Civil Veterinary Department. United Provinces 1923-31 - 1923-1931
Year: 1923
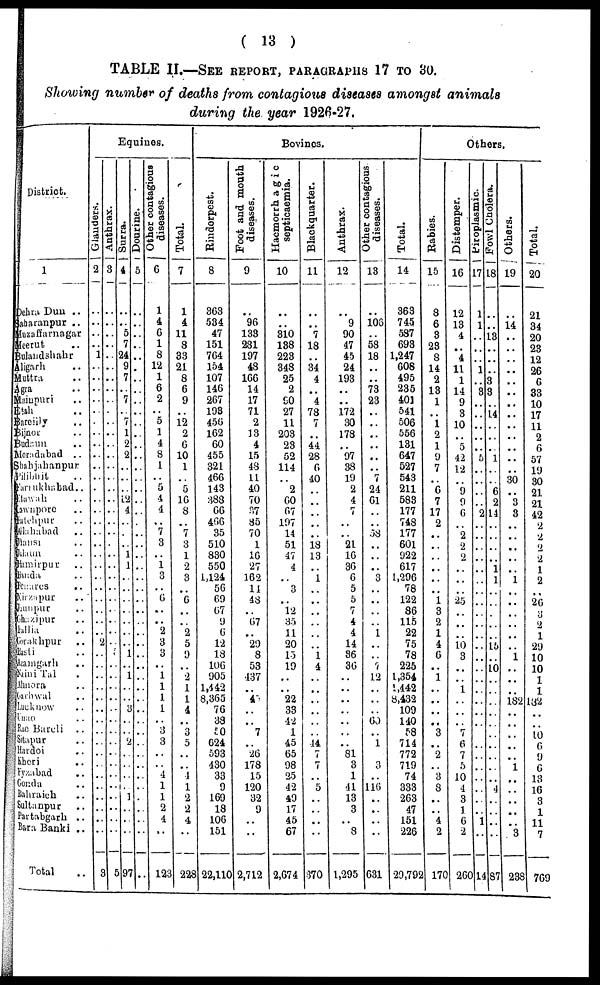
( 13 )
TABLE II.—SEE REPORT, PARAGRAPHS 17 to 80.
Showing number of deaths from contagious diseases amongst animals
during the year 1926-27.
District.
1
Mauzaffarnagar ..
Meerut ..
Bulandshahr ..
Aligarh ..
Muttra ..
Agra ..
Mainpuri ..
Etah ..
Bareiily ..
Bijnor ..
Budaun ..
Moradabad ..
Shahjahanpur ..
Pilibhit ..
Farrukhabad ..
Etawah ..
Cawnpore ..
Fatehpur ..
Allahabad ..
Jhansi ..
Jalaun ..
Hamirpur ..
Banda ..
Benares ..
Mirzapur ..
Jaunpur ..
Ghazipur ..
Hllia ..
Gorakhpur ..
Basti ..
Azamgarh ..
Naini Tal .
Almora ..
Garhwal ..
Lucknow ..
Unao ..
Rae Bareli ..
Sitapur ..
Hardoi ..
Kheri ..
Fyzabad ..
Gonda ..
Bahraich ..
Sultanpur ..
Partabarh ..
Bara Banki ..
Total ..
Equines.
Glanders.
2
..
..
..
1
..
..
..
..
..
..
..
..
..
..
..
..
..
..
..
..
..
..
..
..
..
..
..
..
..
2
..
..
..
..
..
..
..
..
..
..
..
..
..
..
..
..
..
3
Antnrax.
3
..
..
..
..
..
..
..
..
..
..
..
..
..
..
..
..
..
..
..
..
..
..
..
..
..
..
..
..
..
..
..
5
..
..
..
..
..
..
..
..
..
..
..
..
..
..
..
..
5
4
..
..
5
7
24
9
7
..
7
..
7
1
2
2
..
..
..
12
..
..
..
..
1
1
..
..
..
..
..
..
..
1
..
1
..
..
3
..
..
2
..
..
..
..
1
..
..
..
97
5
..
..
..
..
..
..
..
..
..
..
..
..
..
..
..
..
..
..
..
..
..
..
..
..
..
..
..
..
..
..
..
..
..
..
..
..
..
..
..
..
..
..
..
..
..
..
..
..
diseases.
6
1
4
6
1
8
12
1
6
2
..
5
1
4
8
1
..
5
4
4
..
7
3
..
1
3
..
6
..
..
2
3
3
..
1
1
1
1
..
3
3
..
..
4
1
1
2
4
..
123
Total.
7
1
4
11
8
33
21
8
6
9
..
12
2
6
10
1
..
5
16
8
..
7
3
1
2
3
..
6
..
..
2
5
9
..
2
1
1
4
..
3
5
..
..
1
1
2
2
4
..
223
Bovines.
Rinderpest.
8
363
534
47
151
764
154
107
146
267
193
456
162
60
455
321
466
143
388
66
466
35
510
830
550
1,124
56
69
67
9
6
12
13
106
905
1,442
8,365
76
33
50
624
593
430
33
9
169
18
106
151
22,110
Foot and mouth
diseases.
9
..
96
133
281
197
48
166
14
17
71
2
13
4
15
48
11
40
70
37
85
70
1
16
27
162
14
48
..
67
..
29
8
53
437
..
4
..
..
7
..
26
178
15
120
32
9
..
..
2,712
Hacmorrhagic
septicaemia.
10
..
..
310
138
223
348
25
2
90
27
11
203
23
52
114
..
2
60
67
197
14
51
47
4
..
3
..
12
35
11
20
15
19
..
..
22
33
42
1
45
65
98
25
42
49
17
45
67
2,674
Blackquarter.
11
..
..
7
18
..
34
4
..
4
78
7
..
44
28
6
40
..
..
..
..
..
18
13
..
1
..
..
..
..
..
..
1
4
..
..
..
..
..
..
14
7
7
..
5
..
..
..
..
370
Anthrax.
12
..
9
90
47
45
24
193
..
..
172
30
178
..
97
38
19
2
4
7
..
..
21
16
36
6
5
5
7
4
4
14
36
36
..
..
..
..
..
..
81
3
1
41
13
3
..
8
1,295
Other contagious
diseases.
13
..
106
..
58
18
..
..
73
23
..
..
..
..
..
..
7
24
61
..
..
38
..
..
..
3
..
..
..
..
1
..
..
7
12
..
..
..
60
..
..1
3
..
116
..
..
..
..
631
Total.
14
363
745
587
693
1,247
608
495
235
401
541
506
556
131
647
527
543
211
583
177
748
177
601
922
617
1,296
78
122
86
115
22
75
78
225
1,354
1,442
8,432
109
140
58
714
772
719
74
333
263
47
151
226
29,792
Others.
Rabies.
15
8
6
3
23
8
14
2
13
1
..
1
2
1
9
7
..
6
7
17
2
..
..
..
..
..
..
1
3
2
1
4
6
..
1
..
..
..
..
3
..
2
..
3
8
..
..
4
2
170
Distemper.
16
12
13
4
..
4
11
1
14
9
3
10
..
5
42
12
..
9
9
6
..
2
2
2
..
..
..
25
..
..
..
10
3
..
..
1
..
..
..
7
6
7
5
10
4
3
1
6
2
260
Piroplasmic.
17
1
1
..
..
..
1
..
3
..
..
..
..
..
5
..
..
..
..
2
..
..
..
..
..
..
..
..
..
..
..
..
..
..
..
..
..
..
..
..
..
..
..
..
..
..
..
1
..
14
18
..
..
3
..
..
..
3
3
..
14
..
..
..
1
..
..
6
2
14
..
..
..
..
1
1
..
..
..
..
..
15
..
10
..
..
..
.. ..
..
..
..
..
..
..
4
..
..
..
..
87
Others.
19
..
14
..
..
..
..
..
..
..
..
..
..
..
..
..
30
..
3
3
..
..
..
..
..
1
..
..
..
..
..
..
..
..
..
..
182
..
..
..
..
..
..
..
..
..
..
..
3
238
Total.
20
21
34
20
23
12
26
6
33
10
17
11
2
6
57
19
30
21
21
42
2
2
2
2
1
2
..
26
3
2
1
29
10
10
1
1
182
..
..
10
6
9
6
13
16
3
1
11
7
769